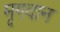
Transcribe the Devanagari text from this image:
मृगदान